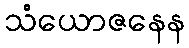
သံယောဇနေန